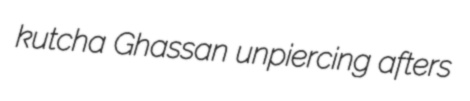
kutcha Ghassan unpiercing afters